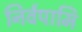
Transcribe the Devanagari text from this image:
निर्वपामि